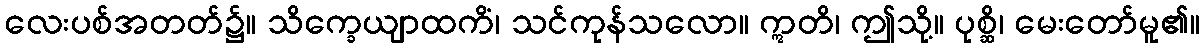
လေးပစ်အတတ်၌။ သိက္ခေယျာထကိံ၊ သင်ကုန်သလော။ ဣတိ၊ ဤသို့။ ပုစ္ဆိ၊ မေးတော်မူ၏။